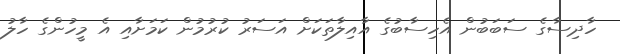
ހާދިސާގެ ސަބަބުން އެހިސާބުގެ އާއިލާތަކަށް އަސަރު ކުރުމުން ކަމަށާއި އެ މީހުންގެ ހާލު